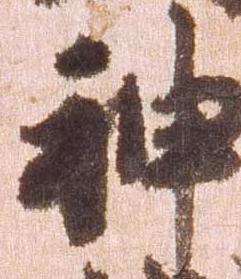
神